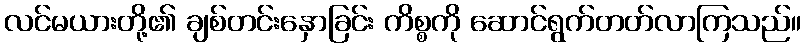
လင်မယားတို့၏ ချစ်တင်းနှောခြင်း ကိစ္စကို ဆောင်ရွက်တတ်လာကြသည်။